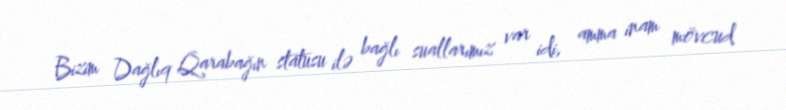
Bizim Dağlıq Qarabağın statusu ilə bağlı suallarımız var idi, amma inam mövcud